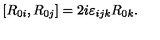
[ R _ { 0 i } , R _ { 0 j } ] = 2 i \varepsilon _ { i j k } R _ { 0 k } .